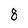
Character: 8